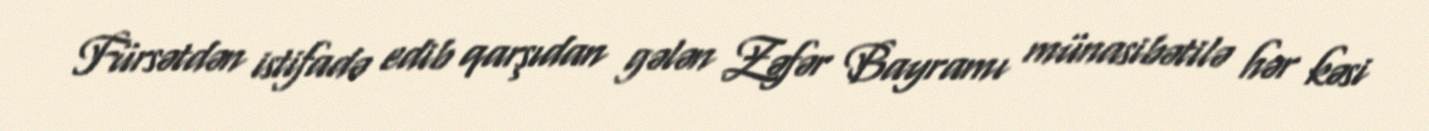
Fürsətdən istifadə edib qarşıdan gələn Zəfər Bayramı münasibətilə hər kəsi